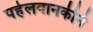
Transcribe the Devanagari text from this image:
पहेलवानकीने